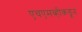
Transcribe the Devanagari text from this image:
एचएमव्हीकडून